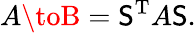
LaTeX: A\toB=\mathsf{S}^{\mathrm{{T}}}A\mathsf{S}.